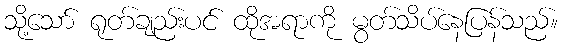
သို့သော် ရုတ်ချည်းပင် ထိုအရာကို မွတ်သိပ်နေပြန်သည်။